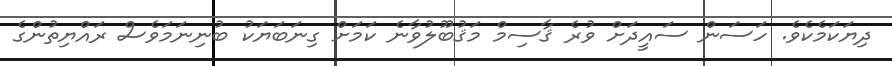
ދިޔަކަމެކެވެ. ހަސަން ސައީދަށް ވުރެ ޤާސިމް މަޤުބޫލުވާނެ ކަމަށް ގިނަބަޔަކު ބުނިނަމަވެސް ރައްޔިތުންގެ